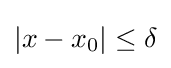
|x-x_{0}|\leq \delta